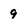
Character: 9